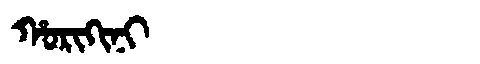
Manchu: ᡥᠣᡵᡳᡴᡳᠨᡳ
Romanization: HORIKINI